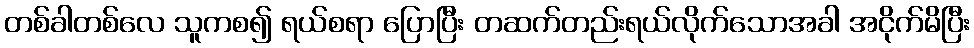
တစ်ခါတစ်လေ သူကစ၍ ရယ်စရာ ပြောပြီး တဆက်တည်းရယ်လိုက်သောအခါ အငိုက်မိပြီး